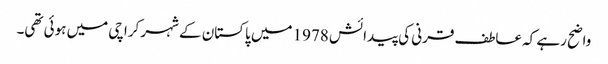
واضح رہے کہ عاطف قرنی کی پیدائش 1978 میں پاکستان کے شہر کراچی میں ہوئی تھی۔